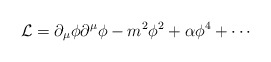
\begin{align*} \mathcal{L} = \partial_\mu \phi \partial^\mu \phi - m^2 \phi^2 + \alpha \phi^4 + \cdots\end{align*}